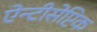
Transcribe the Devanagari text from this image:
ऐन्टीसेप्टिक